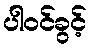
ပါဝင်ခွင့်